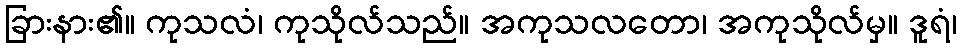
ခြားနား၏။ ကုသလံ၊ ကုသိုလ်သည်။ အကုသလတော၊ အကုသိုလ်မှ။ ဒူရံ၊